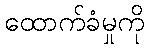
ထောက်ခံမှုကို